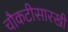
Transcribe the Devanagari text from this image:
चौकटीसारखी